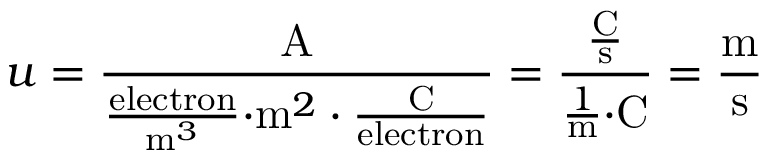
u = { \frac { \mathrm { A } } { { \frac { \mathrm { e l e c t r o n } } { { \mathrm { m } } ^ { 3 } } } { \cdot } { \mathrm { m } } ^ { 2 } \cdot { \frac { \mathrm { C } } { \mathrm { e l e c t r o n } } } } } = { \frac { \frac { \mathrm { C } } { \mathrm { s } } } { { \frac { 1 } { \mathrm { m } } } { \cdot } { \mathrm { C } } } } = { \frac { \mathrm { m } } { \mathrm { s } } }